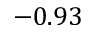
- 0 . 9 3